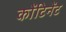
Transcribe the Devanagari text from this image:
कोंटिनेंट